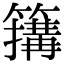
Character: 簼